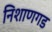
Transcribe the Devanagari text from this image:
निशाणगड